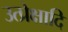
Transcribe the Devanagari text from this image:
उत्प्रेक्षादि